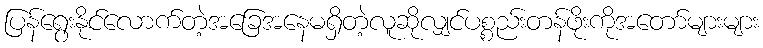
ပြန်ရွေးနိုင်လောက်တဲ့အခြေအနေမရှိတဲ့လူဆိုလျှင်ပစ္စည်းတန်ဖိုးကိုအတော်များများ